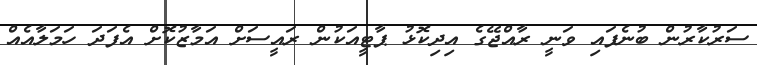
ސަރުކާރުން ބުނެފައި ވަނީ ރާއްޖޭގެ އިދިކޮޅު ޕާޓީއަކުން ރައީސަށް އަމާޒުކޮށް އެފަދަ ހަމަލާއެއް